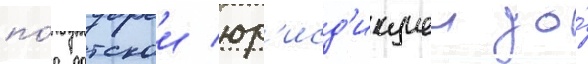
по́д датскои юр'исд'икциеи до́